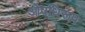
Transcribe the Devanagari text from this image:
ओषधिरूप